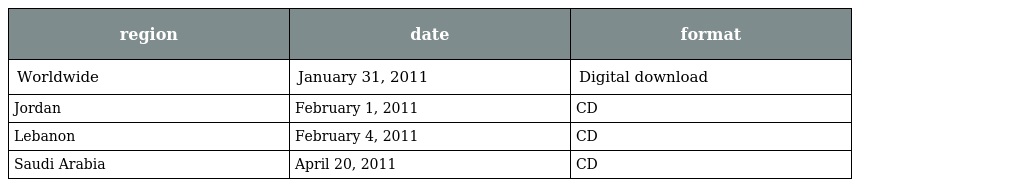
| region | date | format |
 | --- | --- | --- |
 | Worldwide | January 31, 2011 | Digital download |
 | Jordan | February 1, 2011 | CD |
 | Lebanon | February 4, 2011 | CD |
 | Saudi Arabia | April 20, 2011 | CD |